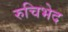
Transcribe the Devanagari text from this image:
रुचिभेद